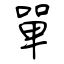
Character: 單